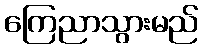
ကြေညာသွားမည်